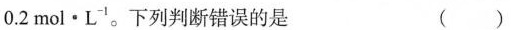
0.2mol·L^{-1}。下列判断错误的是 ()